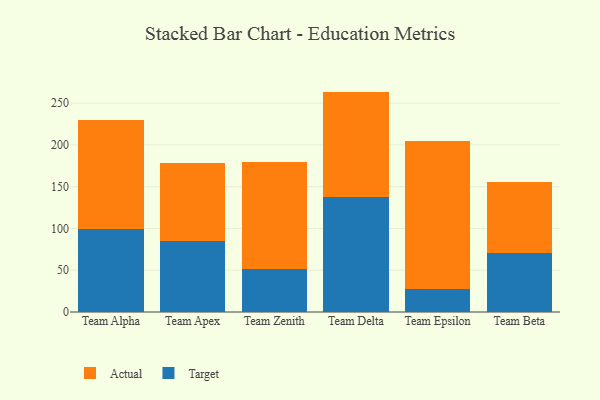
{"axis": {"x": "Team", "y": "Production Output"}, "legend": ["Actual", "Target"], "data": [{"x": "Team Alpha", "y": 99.6, "type": "Target"}, {"x": "Team Alpha", "y": 130.3, "type": "Actual"}, {"x": "Team Apex", "y": 84.7, "type": "Target"}, {"x": "Team Apex", "y": 94.2, "type": "Actual"}, {"x": "Team Zenith", "y": 51.4, "type": "Target"}, {"x": "Team Zenith", "y": 128.4, "type": "Actual"}, {"x": "Team Delta", "y": 138.2, "type": "Target"}, {"x": "Team Delta", "y": 125.6, "type": "Actual"}, {"x": "Team Epsilon", "y": 27.1, "type": "Target"}, {"x": "Team Epsilon", "y": 177.2, "type": "Actual"}, {"x": "Team Beta", "y": 70.8, "type": "Target"}, {"x": "Team Beta", "y": 85.4, "type": "Actual"}]}